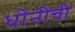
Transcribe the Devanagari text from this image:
धोनीची